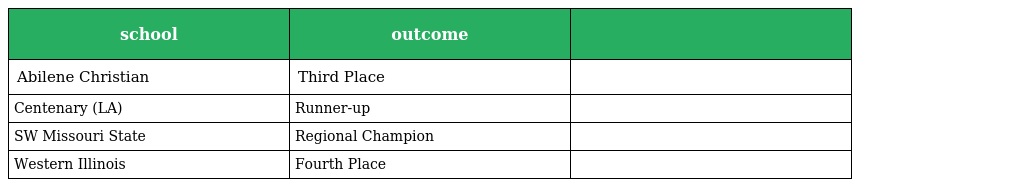
| school | outcome |  |
 | --- | --- | --- |
 | Abilene Christian | Third Place |  |
 | Centenary (LA) | Runner-up |  |
 | SW Missouri State | Regional Champion |  |
 | Western Illinois | Fourth Place |  |